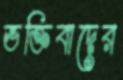
ভক্তিবাদের